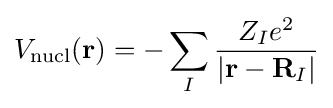
V_{\text{nucl}}(\mathbf {r} )=-\sum _{I}{\frac {Z_{I}e^{2}}{|\mathbf {r} -\mathbf {R} _{I}|}}